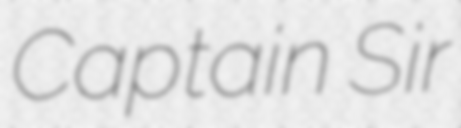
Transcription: Captain Sir